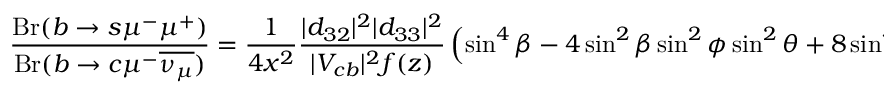
\frac { \mathrm { { B r } } ( b \rightarrow s \mu ^ { - } \mu ^ { + } ) } { { \mathrm { B r } } ( b \rightarrow c \mu ^ { - } { \overline { { { \nu _ { \mu } } } } } ) } = \frac { 1 } { 4 x ^ { 2 } } \frac { | d _ { 3 2 } | ^ { 2 } | d _ { 3 3 } | ^ { 2 } } { | V _ { c b } | ^ { 2 } f ( z ) } \left( \sin ^ { 4 } \beta - 4 \sin ^ { 2 } \beta \sin ^ { 2 } \phi \sin ^ { 2 } \theta + 8 \sin ^ { 4 } \theta \sin ^ { 4 } \phi \right) \, .